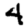
Digit: 4